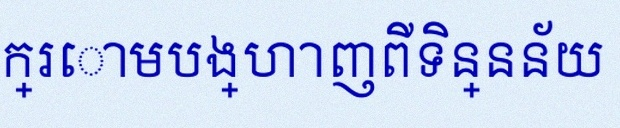
តារាងខាងក្រោមបង្ហាញពីទិន្នន័យ